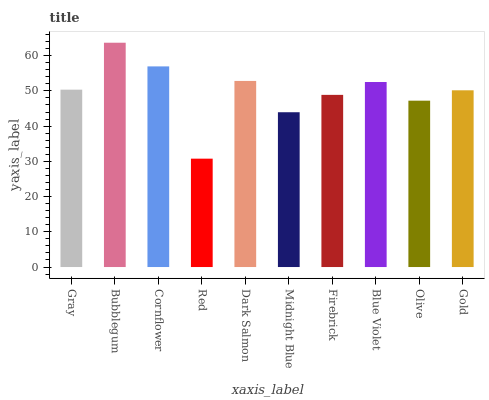
| xaxis_label | bars |
 | --- | --- |
 | Gray | 50.3 |
 | Bubblegum | 63.7 |
 | Cornflower | 57 |
 | Red | 30.8 |
 | Dark Salmon | 52.8 |
 | Midnight Blue | 43.9 |
 | Firebrick | 48.9 |
 | Blue Violet | 52.5 |
 | Olive | 47.2 |
 | Gold | 50.2 |